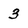
Character: 3